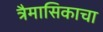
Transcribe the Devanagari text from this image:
त्रैमासिकाचा